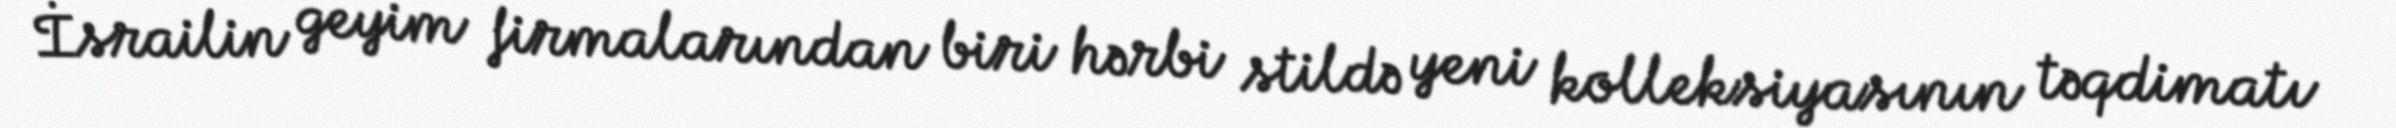
İsrailin geyim firmalarından biri hərbi stildə yeni kolleksiyasının təqdimatı